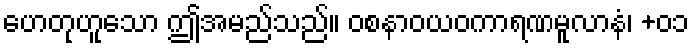
ဟေတုဟူသော ဤအမည်သည်။ ဝစနာဝယဝကာရဏမူလာနံ၊ +၀၁